Annual report on the health of the army in India
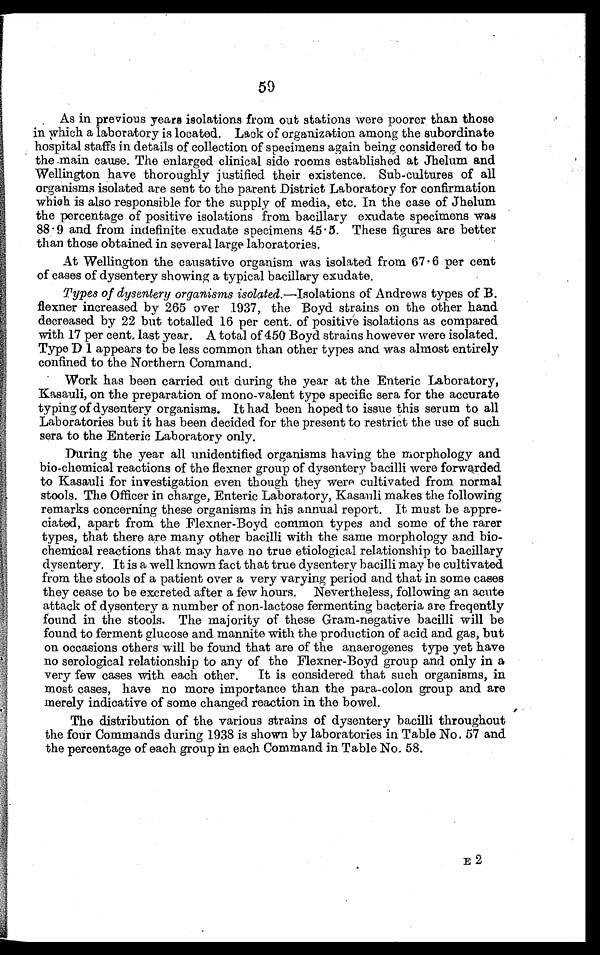
59
As in previous years isolations from out stations were poorer than those
in which a laboratory is located. Lack of organization among the subordinate
hospital staffs in details of collection of specimens again being considered to be
the main cause. The enlarged clinical side rooms established at Jhelum and
Wellington have thoroughly justified their existence. Sub-cultures of all
organisms isolated are sent to the parent District Laboratory for confirmation
which is also responsible for the supply of media, etc. In the case of Jhelum
the percentage of positive isolations from bacillary exudate specimens was
88 . 9 and from indefinite exudate specimens 45 . 5. These figures are better
than those obtained in several large laboratories.
At Wellington the causative organism was isolated from 67 . 6 per cent
of cases of dysentery showing a typical bacillary exudate.
Types of dysentery organisms isolated.—Isolations of Andrews types of B.
flexner increased by 265 over 1937, the Boyd strains on the other hand
decreased by 22 but totalled 16 per cent. of positive isolations as compared
with 17 per cent. last year. A total of 450 Boyd strains however were isolated.
Type D 1 appears to be less common than other types and was almost entirely
confined to the Northern Command.
Work has been carried out during the year at the Enteric Laboratory,
Kasauli, on the preparation of mono-valent type specific sera for the accurate
typing of dysentery organisms. It had been hoped to issue this serum to all
Laboratories but it has been decided for the present to restrict the use of such
sera to the Enteric Laboratory only.
During the year all unidentified organisms having the morphology and
bio-chemical reactions of the flexner group of dysentery bacilli were forwarded.
to Kasauli for investigation even though they were cultivated from normal
stools. The Officer in charge, Enteric Laboratory, Kasauli makes the following
remarks concerning these organisms in his annual report. It must be appre-
ciated, apart from the Flexner-Boyd common types and some of the rarer
types, that there are many other bacilli with the same morphology and bio-
chemical reactions that may have no true etiological relationship to bacillary
dysentery. It is a well known fact that true dysentery bacilli may be cultivated
from the stools of a patient over a very varying period and that in some cases
they cease to be excreted after a few hours. Nevertheless, following an acute
attack of dysentery a number of non-lactose fermenting bacteria are freqently
found in the stools. The majority of these Gram-negative bacilli will be
found to ferment glucose and mannite with the production of acid and gas, but
on occasions others will be found that are of the anaerogenes type yet have
no serological relationship to any of the Flexner-Boyd group and only in a
very few cases with each other. It is considered that such organisms, in
most cases, have no more importance than the para-colon group and are
merely indicative of some changed reaction in the bowel.
The distribution of the various strains of dysentery bacilli throughout
the four Commands during 1938 is shown by laboratories in Table No. 57 and
the percentage of each group in each Command in Table No. 58.
E 2